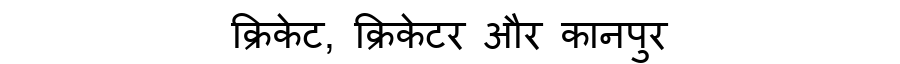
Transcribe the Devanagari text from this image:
क्रिकेट, क्रिकेटर और कानपुर